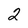
Character: 2